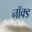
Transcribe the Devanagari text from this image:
नॉक्ड